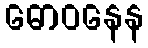
ဓောဝနေန